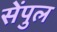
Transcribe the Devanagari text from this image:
सेंपुल